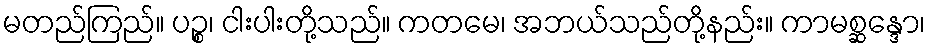
မတည်ကြည်။ ပဉ္စ၊ ငါးပါးတို့သည်။ ကတမေ၊ အဘယ်သည်တို့နည်း။ ကာမစ္ဆန္ဒော၊